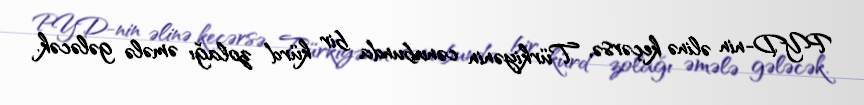
PYD-nin əlinə keçərsə, Türkiyənin cənubunda bir kürd zolağı əmələ gələcək.